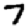
Digit: 7